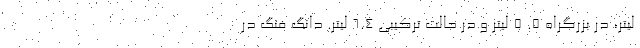
لیتر، در بزرگراه 5. 5 لیتر و در حالت ترکیبی 6.4 لیتر. دانگ فنگ در